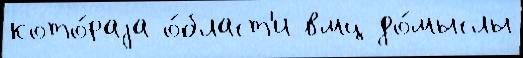
кото́раjа о́бласт'и вмц до́мыслы